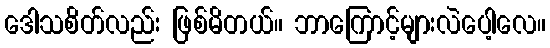
ဒေါသစိတ်လည်း ဖြစ်မိတယ်။ ဘာကြောင့်များလဲပေါ့လေ။